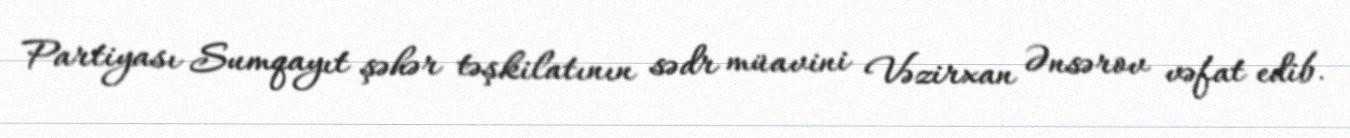
Partiyası Sumqayıt şəhər təşkilatının sədr müavini Vəzirxan Ənsərov vəfat edib.